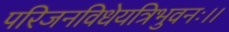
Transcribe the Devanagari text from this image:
परिजनविधेयत्रिभुवनः।।